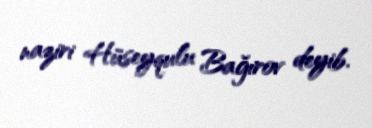
naziri Hüseyqulu Bağırov deyib.